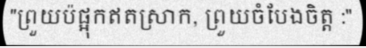
"ព្រួយប៉ផ្អុកឥតស្រាក, ព្រួយចំបែងចិត្ត :"